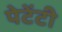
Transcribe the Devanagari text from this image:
पेटेंटी